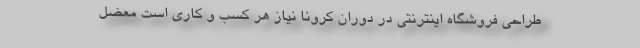
طراحی فروشگاه اینترنتی در دوران کرونا نیاز هر کسب و کاری است معضل